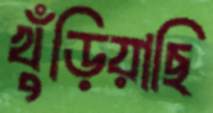
খুঁড়িয়াছি